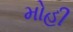
મોહી